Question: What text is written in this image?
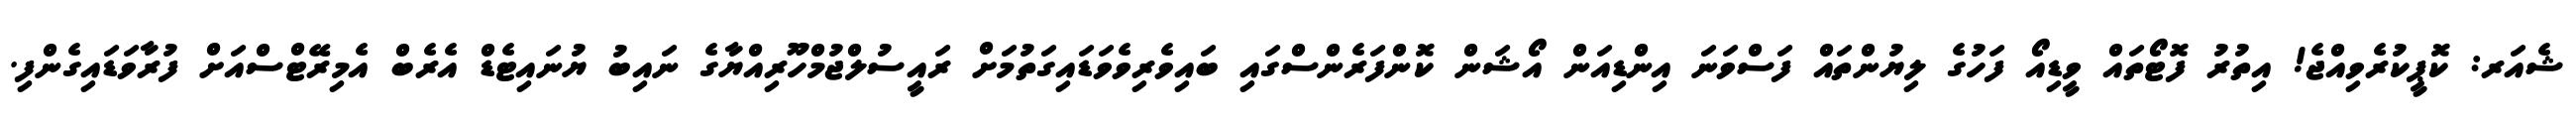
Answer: ޝެއަރ: ކޮޕީކުރެވިއްޖެ! އިތުރު ފޮޓޯތައް ވީޑިއޯ ފަހުގެ ލިޔުންތައް ފަސްވަނަ އިންޑިއަން އޯޝަން ކޮންފަރެންސްގައި ބައިވެރިވެވަޑައިގަތުމަށް ރައީސުލްޖުމްހޫރިއްޔާގެ ނައިބު ޔުނައިޓެޑް އެރެބް އެމިރޭޓްސްއަށް ފުރާވަޑައިގެންފި.